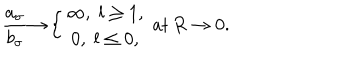
\frac { a _ { \sigma } } { b _ { \sigma } } { \rightarrow } \left\{ \begin{array} { c } { { \infty , \; l \geq 1 , } } \\ { { 0 , \; l \leq 0 , } } \\ \end{array} \right. \, \mathrm { a t } \, R \rightarrow 0 .